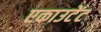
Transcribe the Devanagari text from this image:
एकाउटेंट